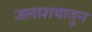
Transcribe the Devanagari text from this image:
जलाशयातुन